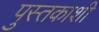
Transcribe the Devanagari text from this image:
पुस्तकाशी